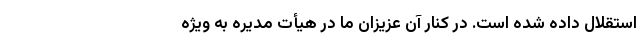
استقلال داده شده است. در کنار آن عزیزان ما در هیأت مدیره به ویژه